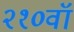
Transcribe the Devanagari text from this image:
२१०वॉ